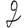
Digit: 2